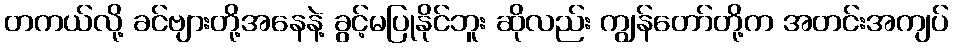
တကယ်လို့ ခင်ဗျားတို့အနေနဲ့ ခွင့်မပြုနိုင်ဘူး ဆိုလည်း ကျွန်တော်တို့က အတင်းအကျပ်